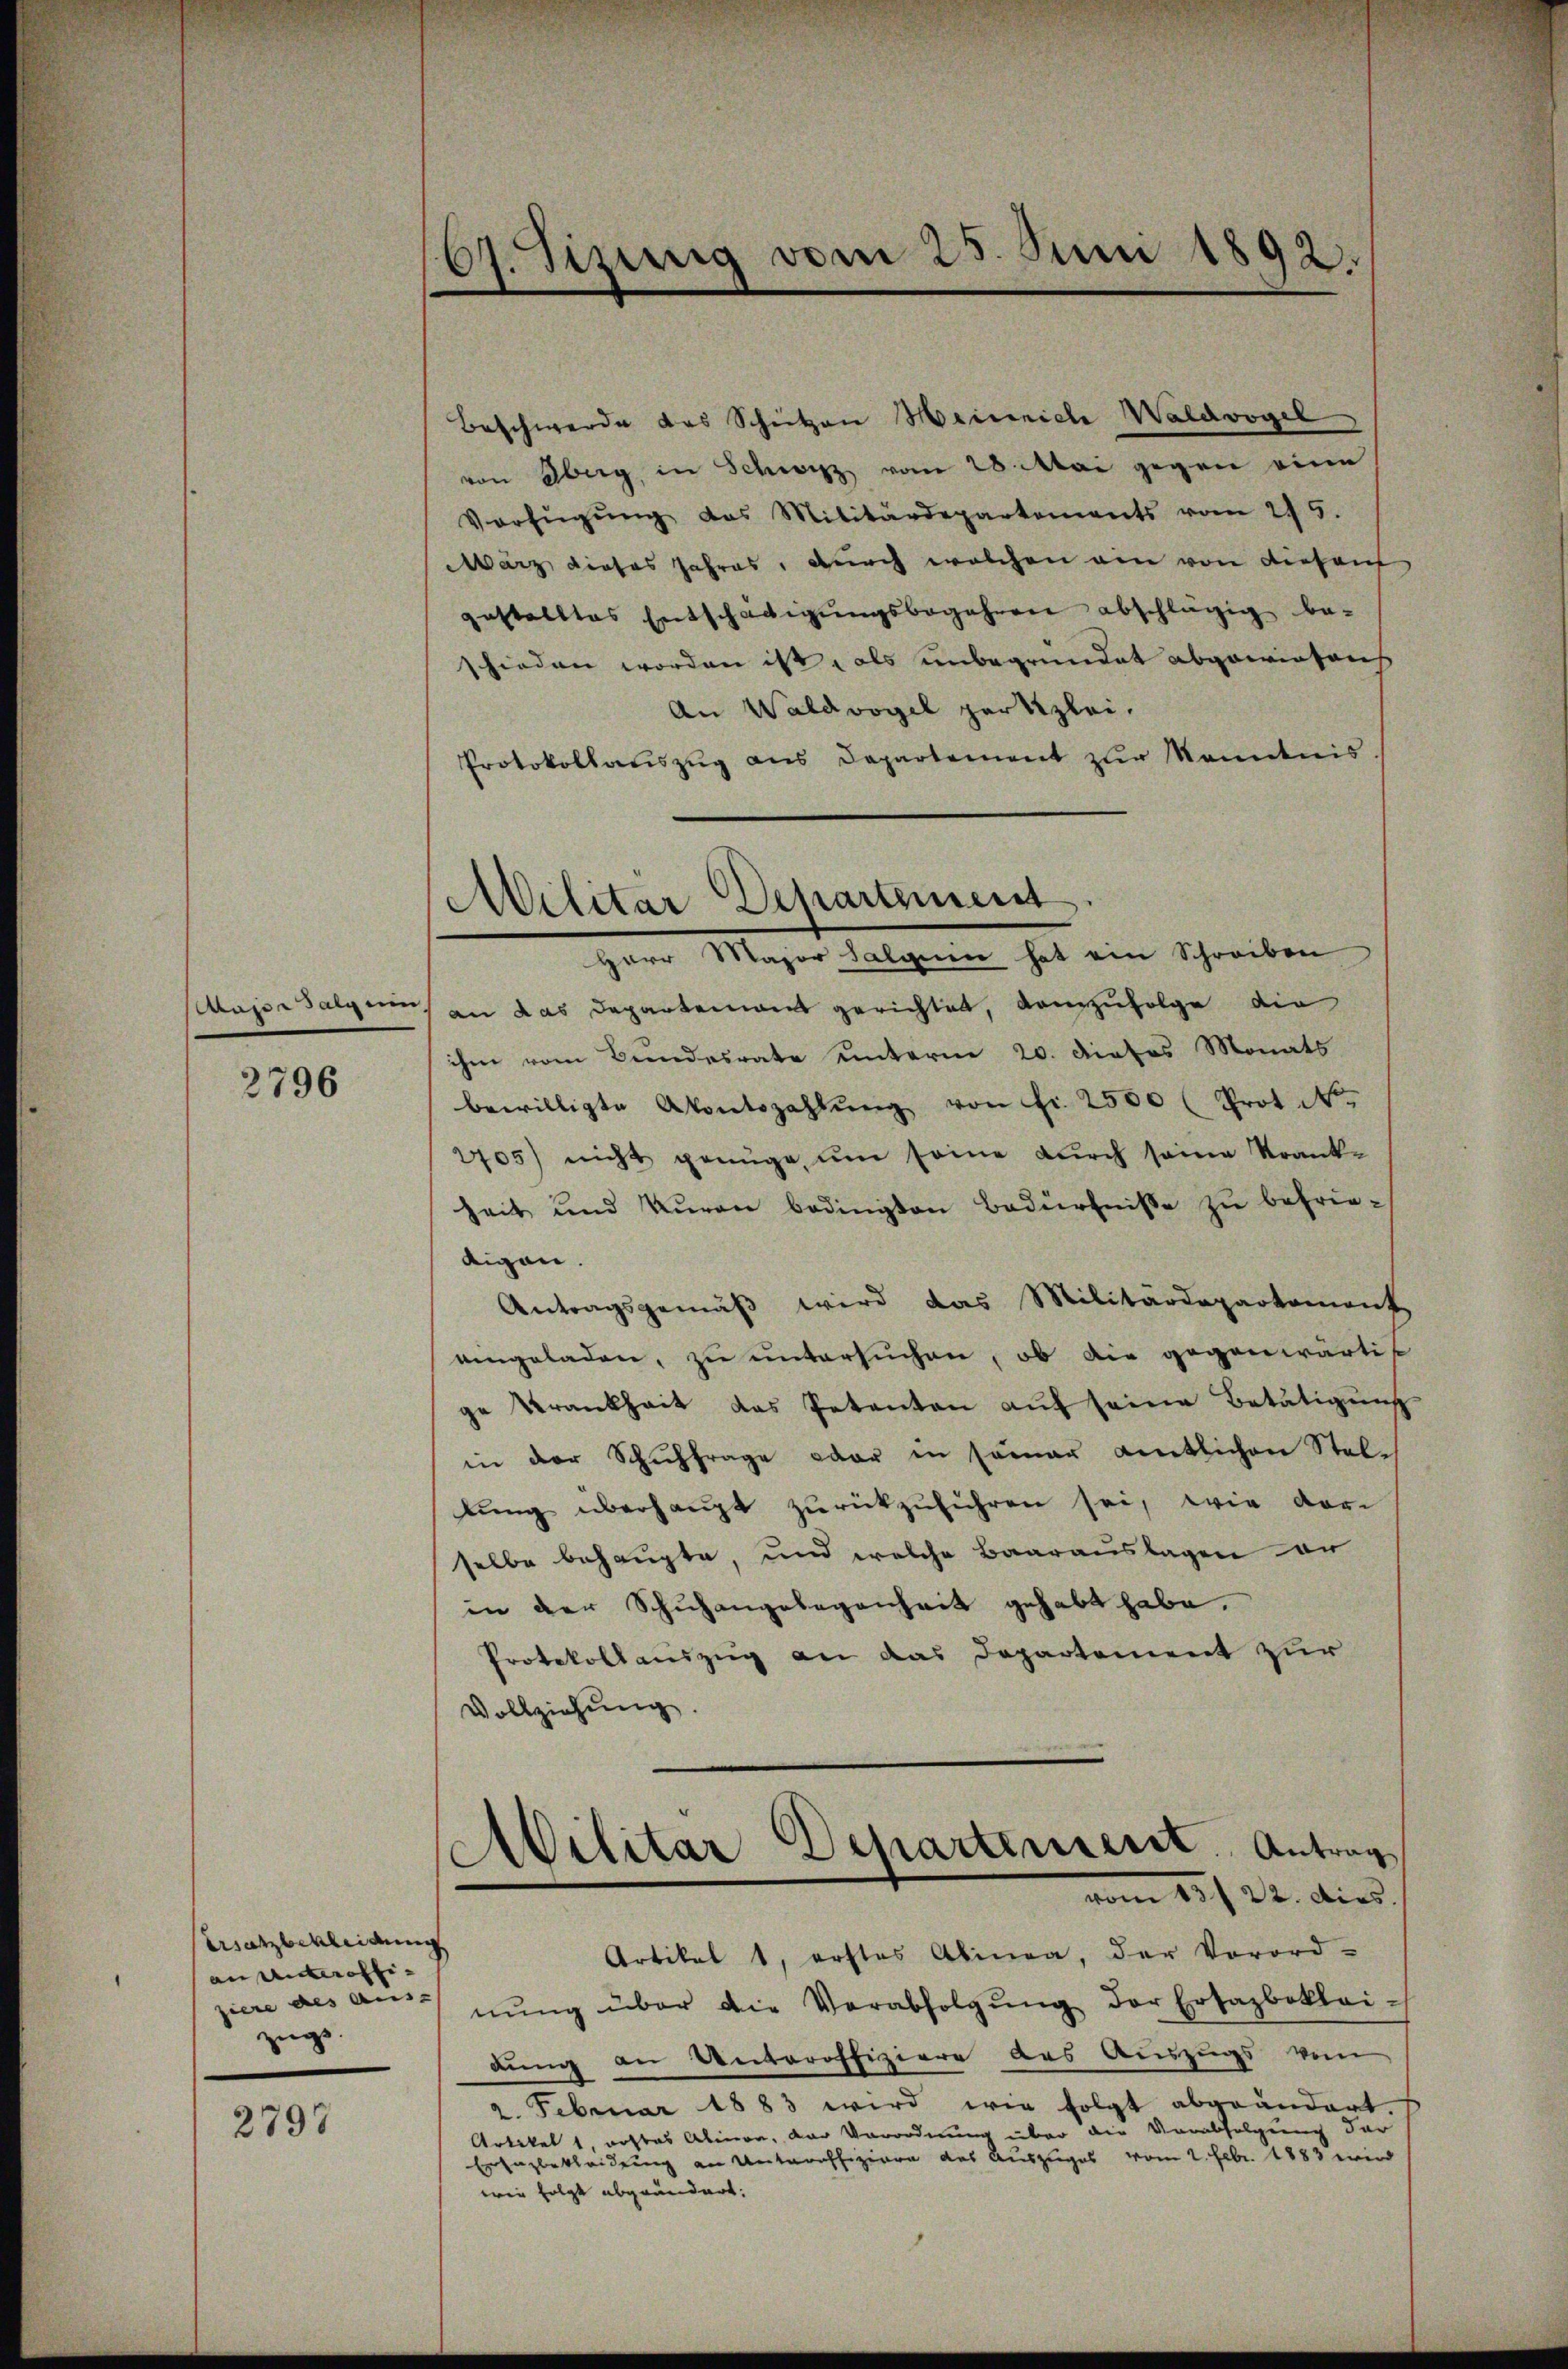
Mager Salz ein

2796

Ersatzbekleidung
an unteroffi- |
ziere des Aus- |
zügs

2797

67. Jizung vom 25. Juni 1892.

Beschwerde des Scheitzen Heinriche Waldvogel
von Oberg in Schwyz vom 28. Mai gegen eine
Verfügŭng das Militärdepartements vom 215.
März dieses Jahres, durch welchen am von diesent
gestelltes Entschädigŭngsbegehren abschlägig be-
schieden worden ist, als unbegründet abgewiesens
An Waldvogel herzlei.
Protokollauszug aus Departement zur Kenntnis
Herr Major Salgien hat ein Schreiben
an das Departement gerichtet, demzufolge die
ihm vom Bundesrate unterm 20. dieses Monats
bewilligte Abontszahlŭng von Fr. 2500 (Prot. N.
2705) nicht genüge um seine durch seine Krank-
heit und Kurau bedingten Bedürfnisse zu befrieeigen.
Antragsgemäß wird das Militärdepartement
eingeladen, zu untersuchen, ob die gegenwärtig
ge Krankheit das Petenten auf seine Betätigung
in der Schuhfrage oder in seiner amtlichen Stellŭng überhaŭpt zŭrückzŭführen sei, wie vor
selbe behaupte, und welche Baarauslagen an
in der Schuhangelegenheit gehabt habe.
Protokollauszug an das Departement zur
Vollziehŭng.
Artikel 1, erstes Abinea, der Vorord-
nŭng über die Verabfolgŭng der Ersazboklei-
dung an Unteroffiziere des Auszugs vom
2. Februar 1883 wird wie folgt abgeändert.
Artikel 1, wostas Abion, der Verordnung über die Vorabsel dar
Ertagbekleidung an Unteroffiziere das Auszuges vom 2. Febr. 1883 wird
wie folgt abgeändert:

Militar Departement.

Militar Departement. Antrag
vom 25. 24. dies